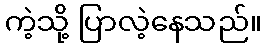
ကဲ့သို့ ပြာလဲ့နေသည်။